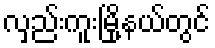
လှည်းကူးမြို့နယ်တွင်